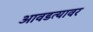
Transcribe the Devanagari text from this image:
आवडत्यावर